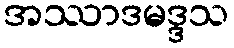
အဿာဒမဒ္ဒသ